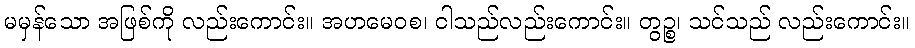
မမှန်သော အဖြစ်ကို လည်းကောင်း။ အဟမေဝစ၊ ငါသည်လည်းကောင်း။ တွဉ္စ၊ သင်သည် လည်းကောင်း။